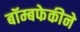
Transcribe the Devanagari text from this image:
बॉम्बफेकीने